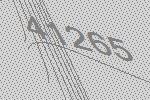
41265